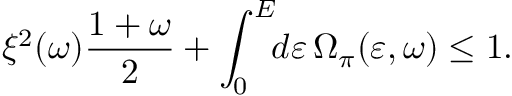
\xi ^ { 2 } ( \omega ) \frac { 1 + \omega } { 2 } + \int _ { 0 } ^ { \cal E } \! \! d \varepsilon \, \Omega _ { \pi } ( \varepsilon , \omega ) \leq 1 .